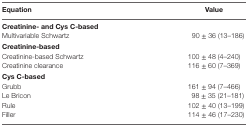
| Equation | Value |
 | --- | --- |
 | <COLSPAN=2> Creatinine- and Cys C-based |
 | Multivariable Schwartz | 90 ± 36 (13–186) |
 | <COLSPAN=2> Creatinine-based |
 | Creatinine-based Schwartz | 100 ± 48 (4–240) |
 | Creatinine clearance | 116 ± 60 (7–369) |
 | <COLSPAN=2> Cys C-based |
 | Grubb | 161 ± 94 (7–466) |
 | Le Bricon | 98 ± 35 (21–181) |
 | Rule | 102 ± 40 (13–199) |
 | Filler | 114 ± 46 (17–230) |